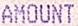
AMOUNT